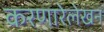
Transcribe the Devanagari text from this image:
करणारेलेखन